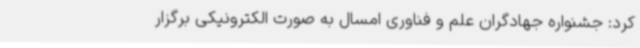
کرد: جشنواره جهادگران علم و فناوری امسال به صورت الکترونیکی برگزار